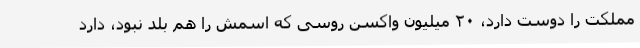
مملکت را دوست دارد، ۲۰ میلیون واکسن روسی که اسمش را هم بلد نبود، دارد